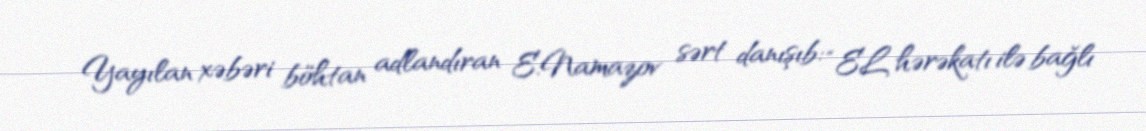
Yayılan xəbəri böhtan adlandıran E.Namazov sərt danışıb: “EL hərəkatı ilə bağlı